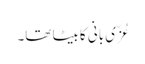
عُزّی بانی کا بیٹا تھا۔